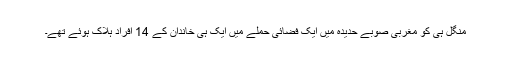
منگل ہی کو مغربی صوبے حدیدہ میں ایک فضائی حملے میں ایک ہی خاندان کے 14 افراد ہلاک ہوئے تھے۔